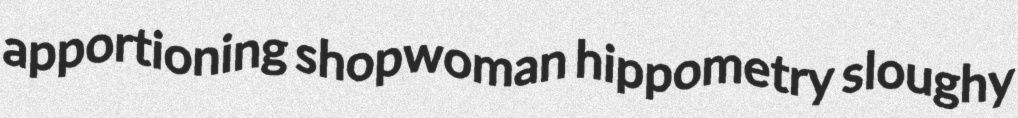
apportioning shopwoman hippometry sloughy